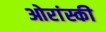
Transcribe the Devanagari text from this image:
ओरांस्की